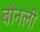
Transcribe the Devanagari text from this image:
बोनली